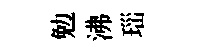
勉沸𤤼